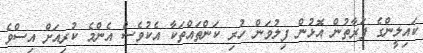
ކައިލީންގެ ފަރާތުން އޮޅުން ފިލުވަން ހުރި ކަންތައްތަކާ އެކުވެސް އެންމެ ކުރިއަށް އިސްވެ